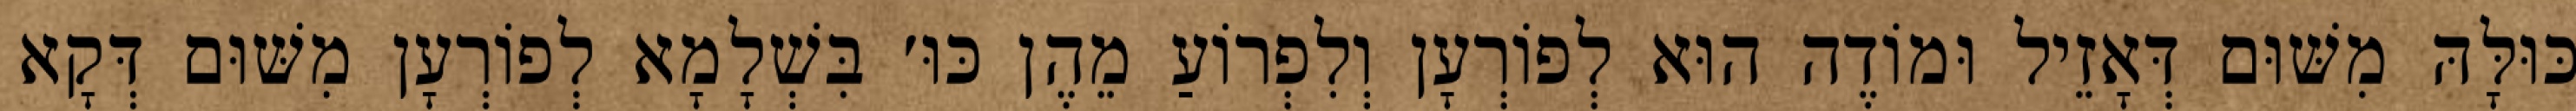
כּוּלָּהּ מִשּׁוּם דְּאָזֵיל וּמוֹדֶה הוּא לְפוֹרְעָן וְלִפְרוֹעַ מֵהֶן כּוּ׳ בִּשְׁלָמָא לְפוֹרְעָן מִשּׁוּם דְּקָא